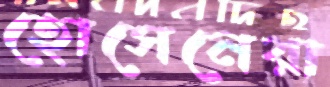
হোসেনেরা